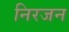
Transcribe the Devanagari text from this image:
निरजन